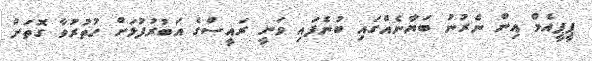
ޕީޕީއެމް އިން ނެރުނު ބަޔާނެއްގައި ބުނެފައި ވަނީ ރައީސްގެ އަބުރުފުޅަށް ހުތުރުވާ ގޮތަށް